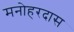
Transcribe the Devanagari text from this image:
मनोहरदास